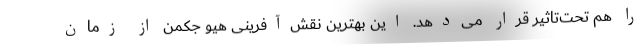
را هم تحت‌تاثیر قرار می‌دهد. این بهترین نقش‌آفرینی هیو جکمن از زمان